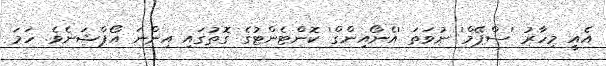
އެއީ މިހާރު 'ސްޕޭމް' ނުވަތަ 'އެނޯއިންގް' ކޮންޓެންޓުގެ ގޮތުގައި އިންނަ އޯޕްޝަނެވެ. ހަމަ